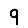
Digit: 9